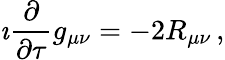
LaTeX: \imath\frac{\partial}{\partial\tau}g_{\mu\nu}=-2R_{\mu\nu}\, ,